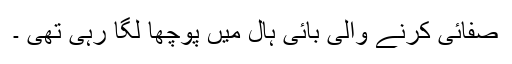
صفائی کرنے والی بائی ہال میں پوچھا لگا رہی تھی ۔